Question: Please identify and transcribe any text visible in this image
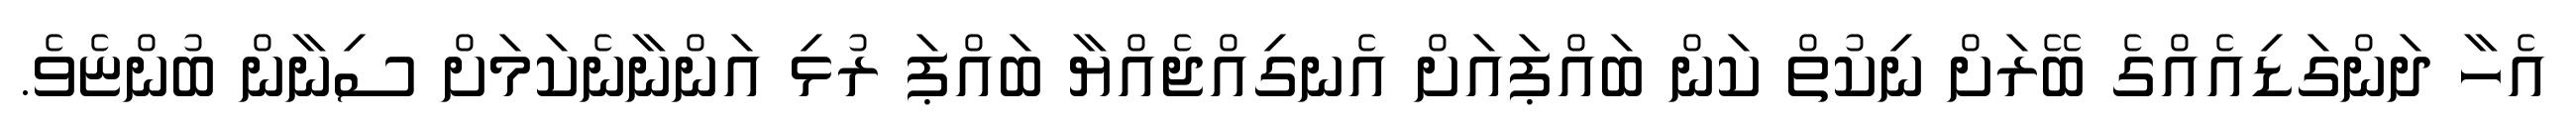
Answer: އެހާ ދަންގަޑިއެއްގެ ބޭރަށް ނިކުތް ކަން ބައްޕައަށް އެނގިއްޖެއްޔާ ބައްޕަ ރުޅި އަންނާނެކަމަށް ސިނާން ބުންޏެވެ.